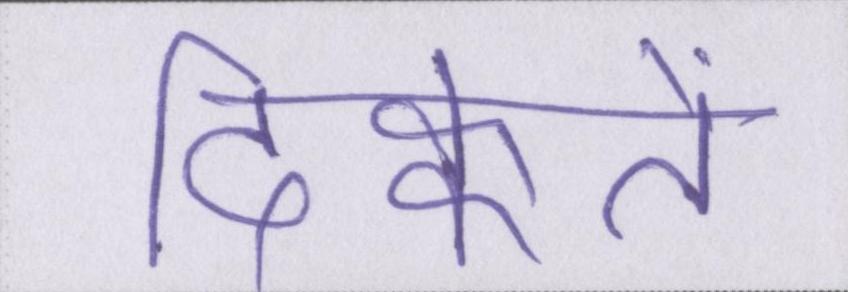
दिक्कतें